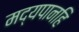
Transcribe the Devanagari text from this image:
मद्यपानहि